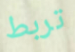
تربط